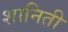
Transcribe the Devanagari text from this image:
शानिती